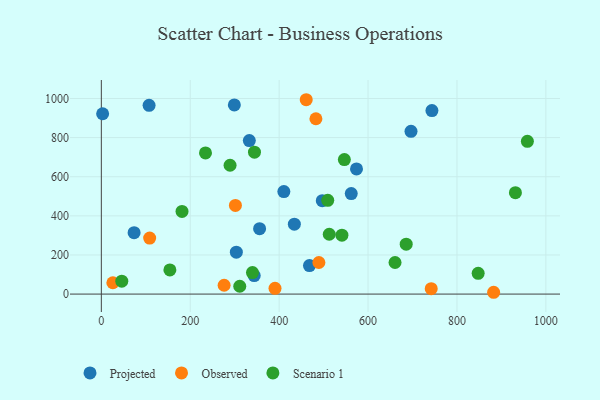
{"axis": {"x": "Speed", "y": "Rating"}, "legend": ["Observed", "Projected", "Scenario 1"], "data": [{"x": "743.7", "y": 938.2, "type": "Projected"}, {"x": "356.0", "y": 334.3, "type": "Projected"}, {"x": "332.9", "y": 784.8, "type": "Projected"}, {"x": "107.4", "y": 965.2, "type": "Projected"}, {"x": "562.2", "y": 513.6, "type": "Projected"}, {"x": "434.2", "y": 357.5, "type": "Projected"}, {"x": "73.7", "y": 313.8, "type": "Projected"}, {"x": "303.7", "y": 214.2, "type": "Projected"}, {"x": "468.2", "y": 145.6, "type": "Projected"}, {"x": "696.6", "y": 832.0, "type": "Projected"}, {"x": "343.9", "y": 94.5, "type": "Projected"}, {"x": "2.9", "y": 922.0, "type": "Projected"}, {"x": "574.0", "y": 640.1, "type": "Projected"}, {"x": "497.0", "y": 477.3, "type": "Projected"}, {"x": "410.6", "y": 523.9, "type": "Projected"}, {"x": "299.2", "y": 967.0, "type": "Projected"}, {"x": "882.5", "y": 9.3, "type": "Observed"}, {"x": "489.4", "y": 161.5, "type": "Observed"}, {"x": "482.7", "y": 896.4, "type": "Observed"}, {"x": "108.7", "y": 286.2, "type": "Observed"}, {"x": "742.1", "y": 27.6, "type": "Observed"}, {"x": "301.6", "y": 453.5, "type": "Observed"}, {"x": "460.9", "y": 993.6, "type": "Observed"}, {"x": "25.9", "y": 58.0, "type": "Observed"}, {"x": "276.2", "y": 45.2, "type": "Observed"}, {"x": "390.7", "y": 29.4, "type": "Observed"}, {"x": "931.5", "y": 518.7, "type": "Scenario 1"}, {"x": "289.6", "y": 658.7, "type": "Scenario 1"}, {"x": "660.7", "y": 161.5, "type": "Scenario 1"}, {"x": "340.0", "y": 110.0, "type": "Scenario 1"}, {"x": "541.2", "y": 301.3, "type": "Scenario 1"}, {"x": "311.4", "y": 40.1, "type": "Scenario 1"}, {"x": "46.0", "y": 66.1, "type": "Scenario 1"}, {"x": "958.4", "y": 780.7, "type": "Scenario 1"}, {"x": "512.7", "y": 305.9, "type": "Scenario 1"}, {"x": "344.5", "y": 725.4, "type": "Scenario 1"}, {"x": "546.7", "y": 687.7, "type": "Scenario 1"}, {"x": "181.5", "y": 422.8, "type": "Scenario 1"}, {"x": "154.2", "y": 123.7, "type": "Scenario 1"}, {"x": "509.3", "y": 479.3, "type": "Scenario 1"}, {"x": "847.7", "y": 106.3, "type": "Scenario 1"}, {"x": "234.3", "y": 721.9, "type": "Scenario 1"}, {"x": "685.8", "y": 255.2, "type": "Scenario 1"}]}